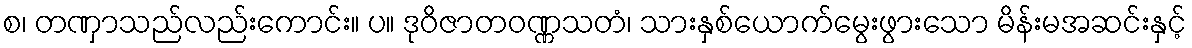
စ၊ တဏှာသည်လည်းကောင်း။ ပ။ ဒုဝိဇာတဝဏ္ဏသတံ၊ သားနှစ်ယောက်မွေးဖွားသော မိန်းမအဆင်းနှင့်